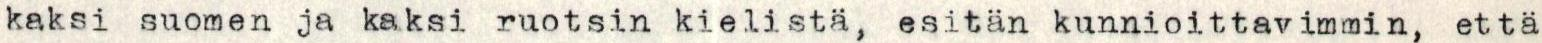
kaksi suomen ja kaksi ruotsin kielistä, esitän kunnioittavimmin, että